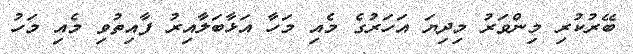
ބޭރުކުރި މިންވަރު މިދިޔަ އަހަރުގެ މެއި މަހާ އަޅާބަލާއިރު ފާއިތުވި މެއި މަހު